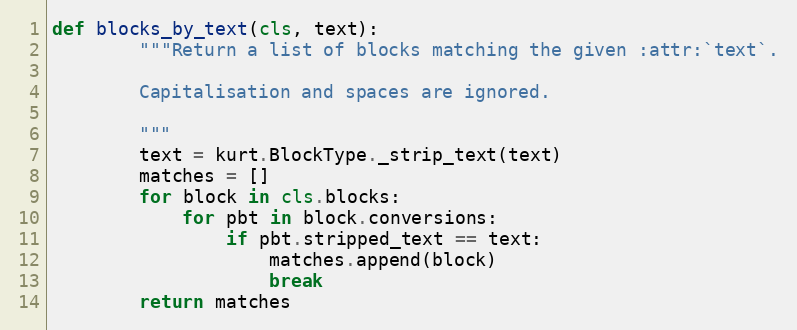
Language: Python
def blocks_by_text(cls, text):
        """Return a list of blocks matching the given :attr:`text`.

        Capitalisation and spaces are ignored.

        """
        text = kurt.BlockType._strip_text(text)
        matches = []
        for block in cls.blocks:
            for pbt in block.conversions:
                if pbt.stripped_text == text:
                    matches.append(block)
                    break
        return matches